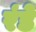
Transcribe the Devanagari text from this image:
रंडे